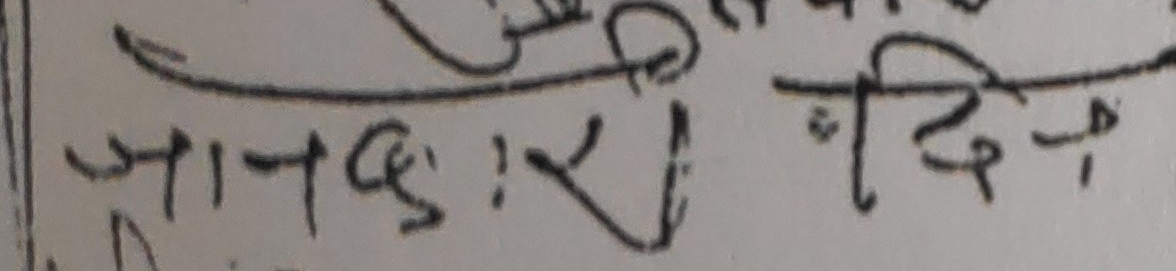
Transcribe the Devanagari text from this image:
जानकारी दिने